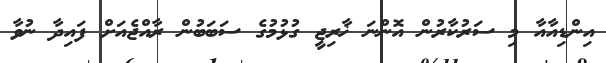
އިންޑިއާއާ މި ސަރުކާރުން އޮންނަ ޚާރިޖީ ގުޅުމުގެ ސަބަބުން ރާއްޖެއަށް ފައިދާ ނުވާ